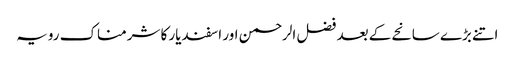
اتنے بڑے سانحے کے بعد فضل الرحمن اور اسفندیار کا شرمناک رویہ